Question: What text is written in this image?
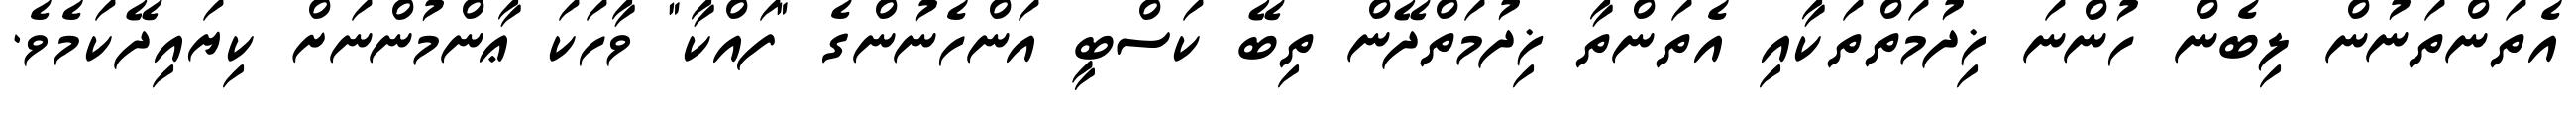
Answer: އެތަންތަނުން ލިބެން ހުންނަ ޚިދުމަތްތަކާއި އެތަންތާ ޚިދުމަތްދޭން ތިބޭ ކަސްބީ އަންހެނުންގެ "ފައްކާ" ވާހަކަ ޢާންމުންނަށް ކިޔައިދޭކަމެވެ.